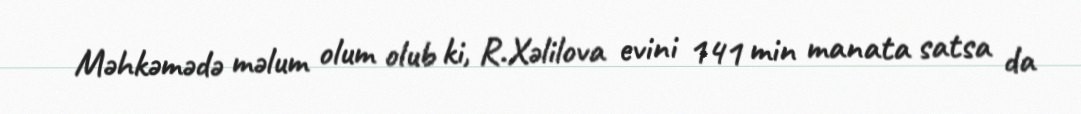
Məhkəmədə məlum olum olub ki, R.Xəlilova evini 141 min manata satsa da